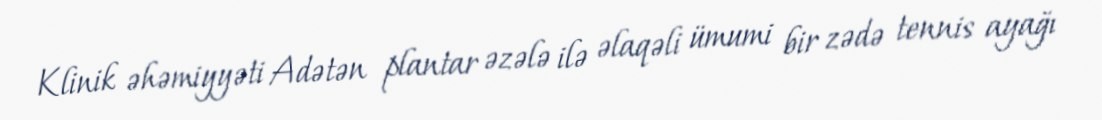
Klinik əhəmiyyəti Adətən plantar əzələ ilə əlaqəli ümumi bir zədə tennis ayağı